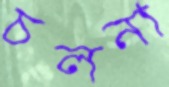
চলনা